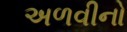
અળવીનો